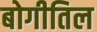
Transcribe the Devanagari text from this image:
बोगीतिल